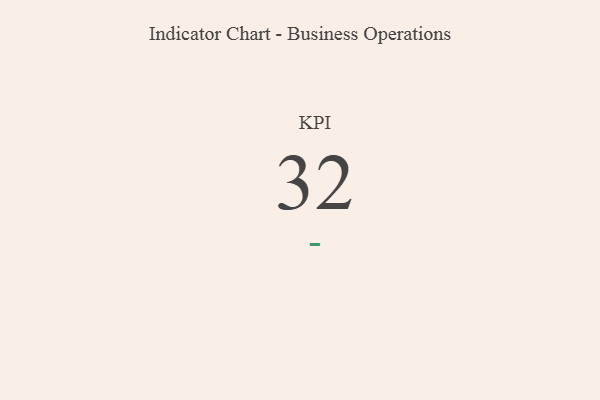
{"axis": {"x": "KPI", "y": "Value"}, "legend": [""], "data": [{"x": "KPI", "y": 32, "type": ""}]}